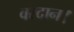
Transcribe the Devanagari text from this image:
वरदान।